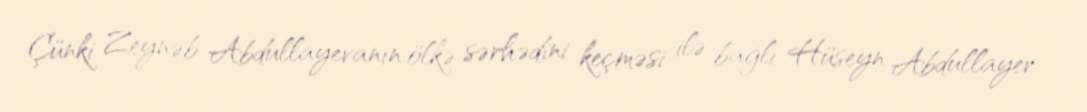
Çünki Zeynəb Abdullayevanın ölkə sərhədini keçməsi ilə bağlı Hüseyn Abdullayev